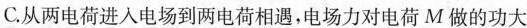
C.从两电荷进入电场到两电荷相遇，电场力对电荷M做的功大